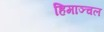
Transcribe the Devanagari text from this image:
हिमाञ्चल